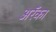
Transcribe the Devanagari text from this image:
अरॅका